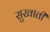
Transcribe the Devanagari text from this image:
सुखाती